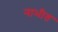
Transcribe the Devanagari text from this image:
नाभीत